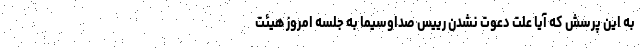
به این پرسش که آیا علت دعوت نشدن رییس صداوسیما به جلسه امروز هیئت